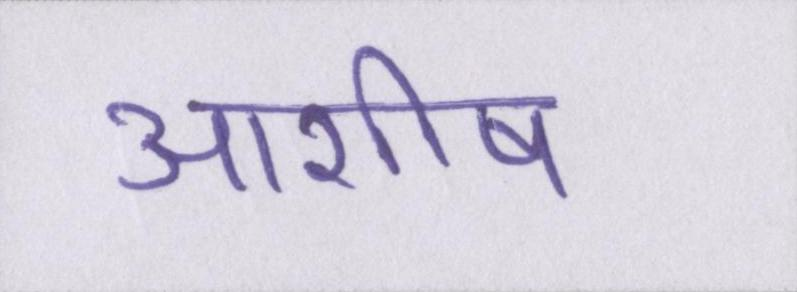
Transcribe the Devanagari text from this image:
आशीष